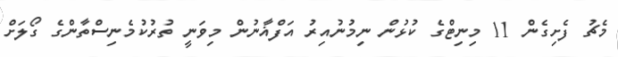
މެޗު ފެށިގެން 11 މިނިޓްގެ ކުޅުން ނިމުނުއިރު އަފްޣާނުން މިވަނީ ތުރުކުމެނިސްތާންގެ ގޯލަށް